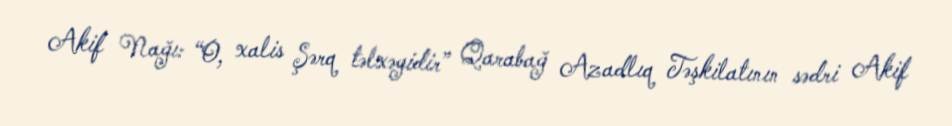
Akif Nağı: “O, xalis Şərq təlxəyidir” Qarabağ Azadlıq Təşkilatının sədri Akif